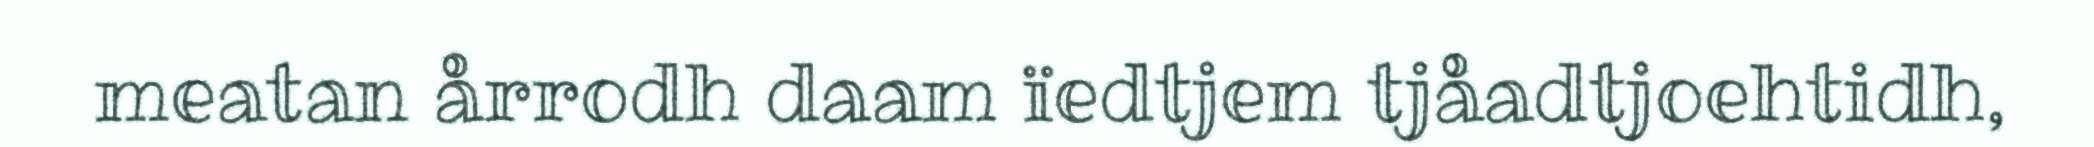
meatan årrodh daam ïedtjem tjåadtjoehtidh,